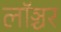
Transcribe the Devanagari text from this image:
लॉञ्चर